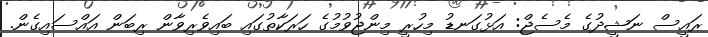
ރައީސް ނަޝީދުގެ މެސެޖް: އަޅުގަނޑު މިހުރީ މިންޖުވުމުގެ ހަރަކާތުގައި ބައިވެރިވާން ރިބަން އައްސައިގެން.